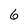
Character: 6